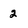
Character: 2